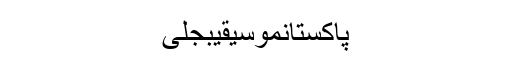
پاکستانموسیقیبجلی